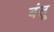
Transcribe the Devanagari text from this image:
बंतू